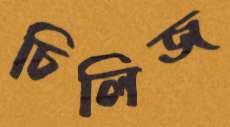
চিলিজ